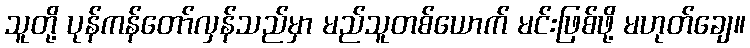
သူတို့ ပုန်ကန်တော်လှန်သည်မှာ မည်သူတစ်ယောက် မင်းဖြစ်ဖို့ မဟုတ်ချေ။